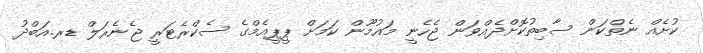
ކުށެއް ނެތްކަން ސާބިތުކޮށްދެއްވަން ޖެހެނީ މައުމޫން ކަމަށް ޕީޕީއެމްގެ ސެކްރެޓަރީ ޖެނެރަލް ޑރ.އަބްދު